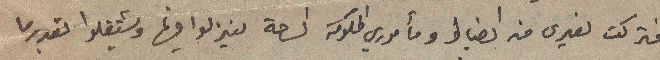
فتركت لغيري من الضباط ومأموري الحكومة الساحة لينزلوا فيها ويشتغلوا بقدرما